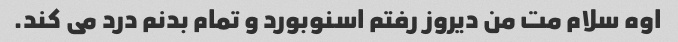
اوه سلام مت من دیروز رفتم اسنوبورد و تمام بدنم درد می کند.